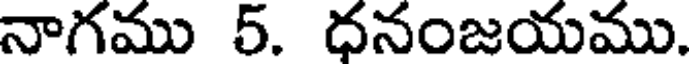
నాగము 5. ధనంజయము.